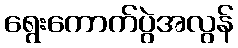
ရွေးကောက်ပွဲအလွန်